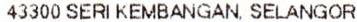
43300 SERI KEMBANGAN, SELANGOR